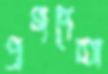
প্রগণেশ